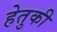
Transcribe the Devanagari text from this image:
हेतुकी